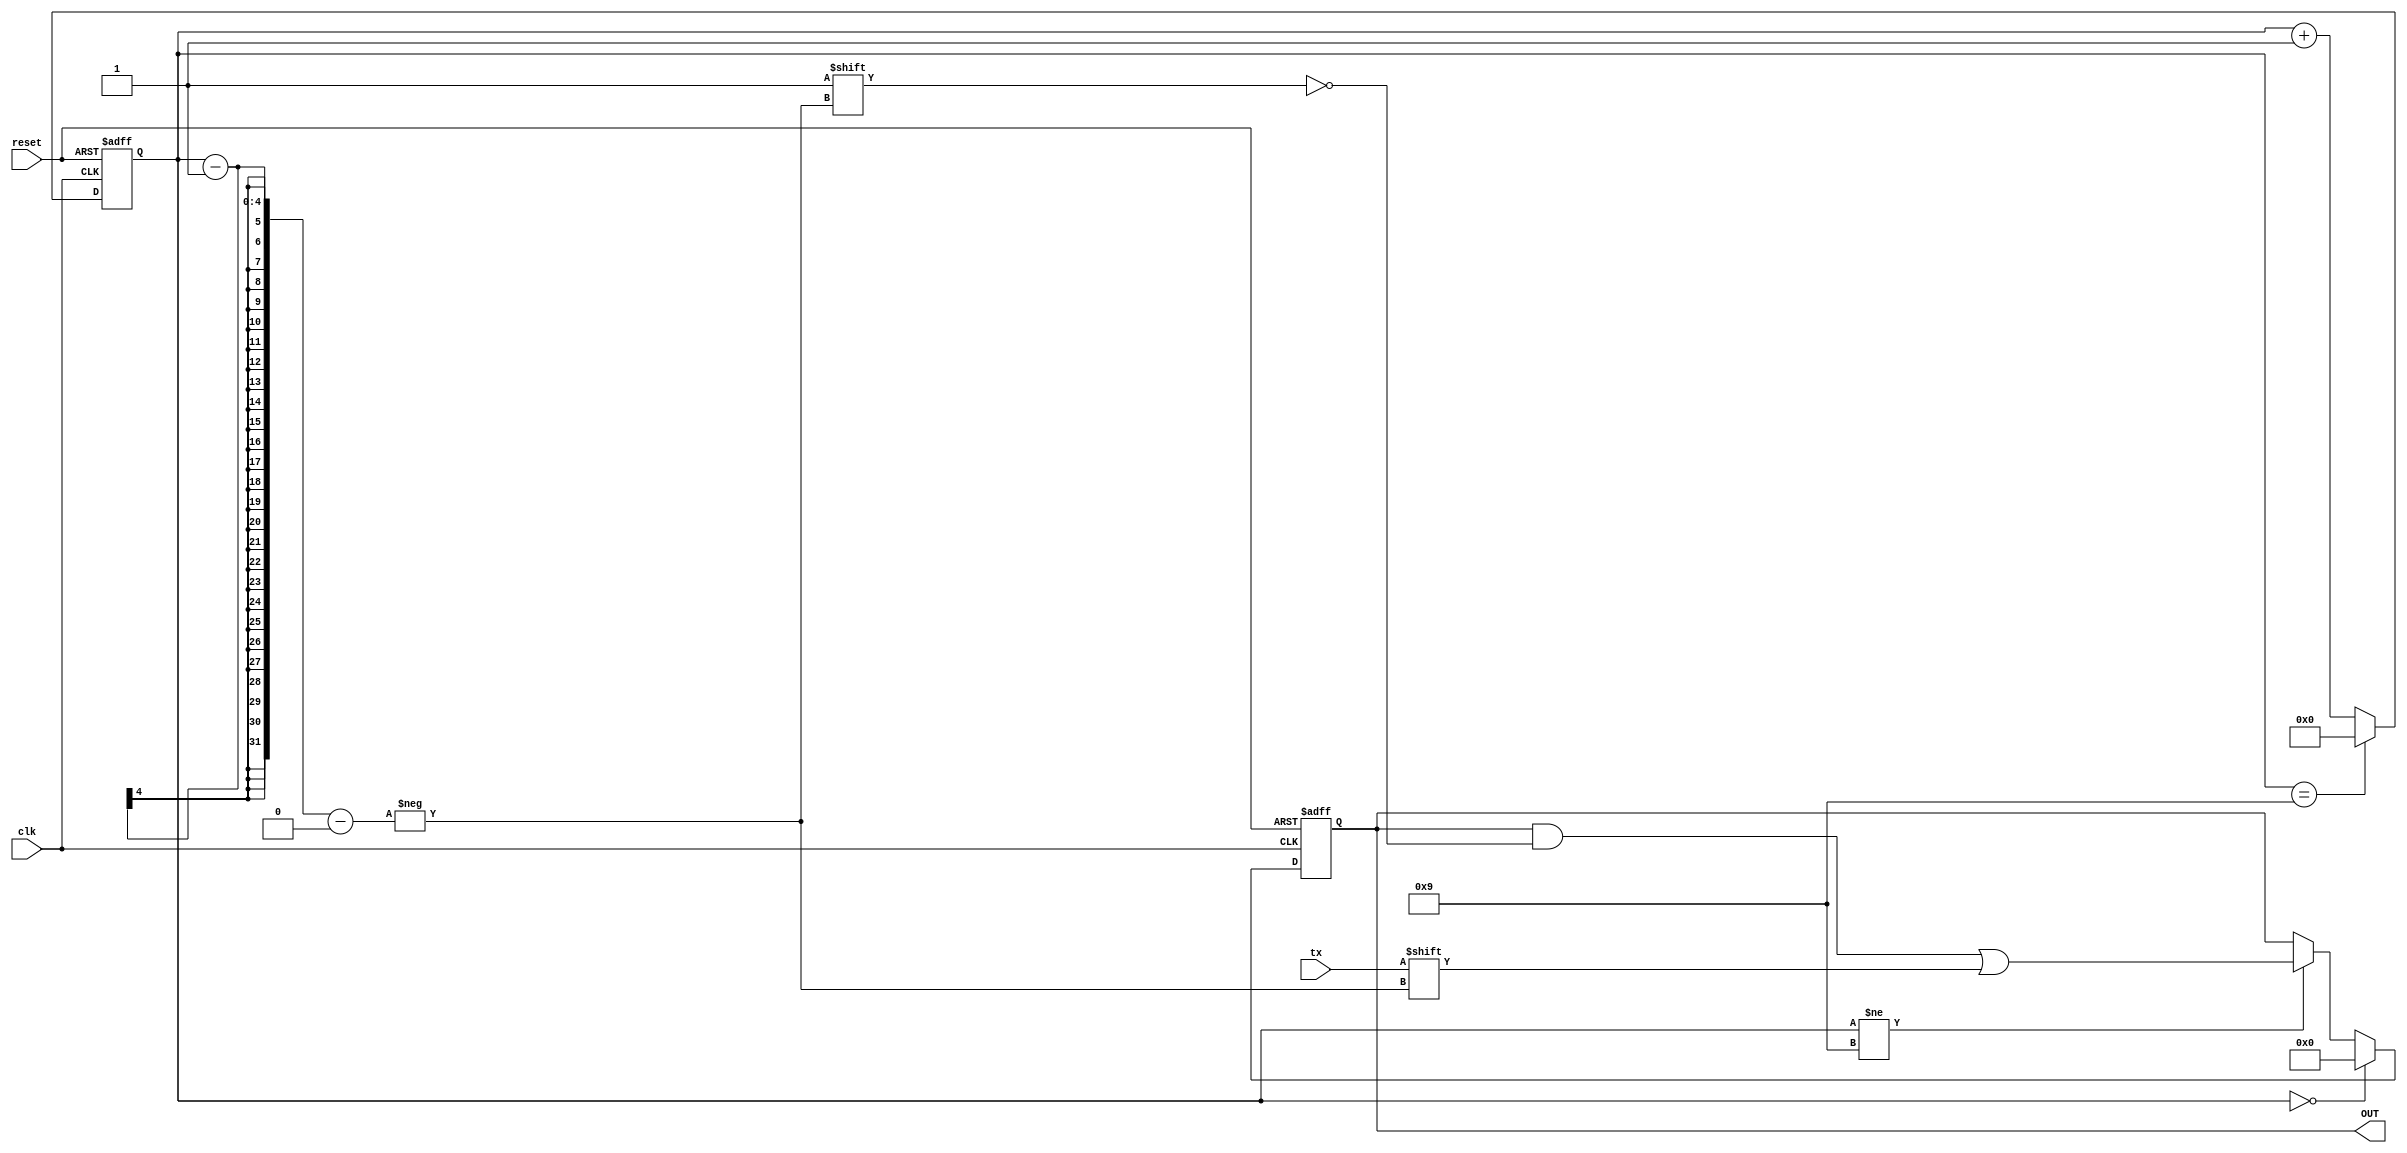
`timescale 1ns/1ns
module rx (
	input tx, clk, reset,
	output reg [7:0] OUT
);

	// Define Variables
	reg [7:0] word;
	reg [3:0] counter;
	
	// Initialize Variables with low logic
	initial begin
		counter = 0;
		word = 0;
	end
	
	// Counter block for selection line of the Demux
	always @ (posedge clk or posedge reset) begin
		if (reset)
			counter <= 'b0;
		else
			counter <= (counter == 9) ? 0 : counter + 1;
	end
	
	// Demux output logic
	always @ (posedge clk or posedge reset) begin
		if (reset)
			word <= 'b0;
		else if (!counter) 
			word <= 'b0;
		else if (counter != 9)
			word[counter - 1] <= tx;
		else
			word <= word;
	end
	
	// Register output logic
	always @ (word) begin
		OUT <= word;
	end
	
	// Monitor value changes
	initial begin
		$monitor("word = %b OUT = %b counter = %d  tx = %b", word, OUT, counter, tx);
	end
endmodule